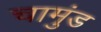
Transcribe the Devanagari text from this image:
चामुंड